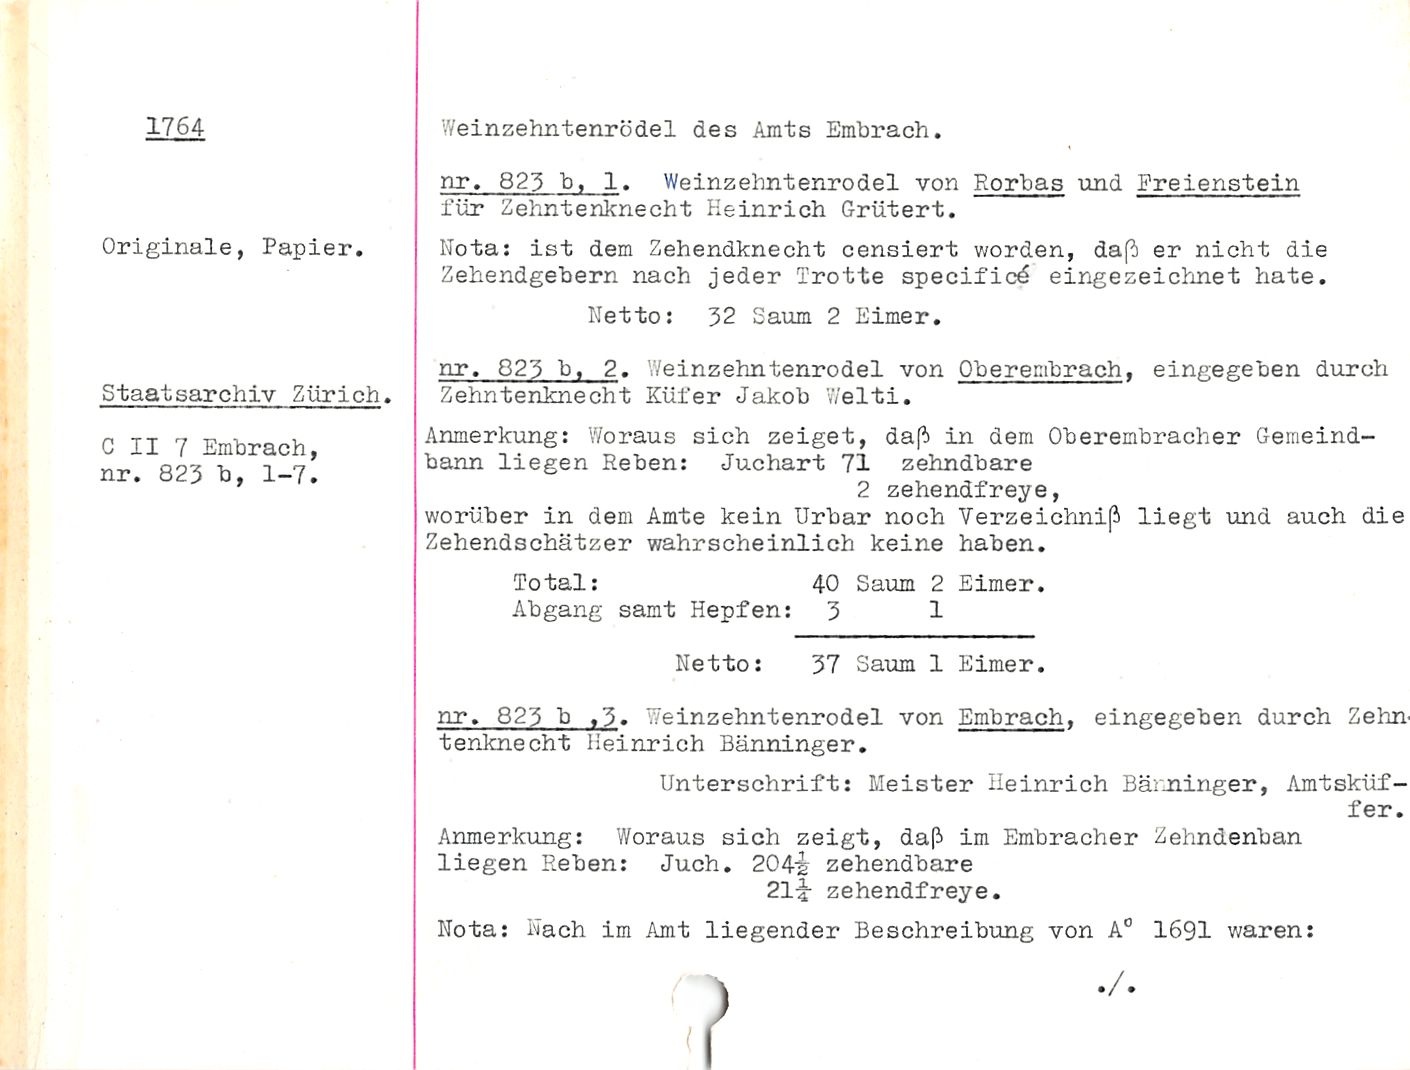
1764

Weinzehntenrödel des Amts Embrach

Originale, Papier.

Staatsarchiv Zürich.

C II 7 Embrach,
nr. 823 b, 1-7.

nr. 823 b, 1. Weinzehntenrodel von Rorbas und Preienstein
für Zehntenknecht Heinrich Grütert.

Nota: ist dem Zehendknecht censiert worden, dast er nicht die
Zehendgebern nach jeder Trotte specific^ eingezeichnet hate.

Netto: 32 Saum 2 Eimer.

nr. 823 b, 2. Weinzehntenrodel von Oberembrach, eingegeben durch
Zehntenknecht Küfer Jakob Welti.

Anmerkung: Woraus sich zeiget, dast in dem Oberembracher Gemeind¬
bann liegen Reben: Juchart 71 zehndbare

2 zehendfreye,

worüber in dem Amte kein Urbar noch Verzeichniß liegt und auch die
Zehendschätzer wahrscheinlich keine haben.

Total: 40 Saum 2 Eimer.

Abgang samt Hepfen: 3 1

Netto: 37 Saum 1 Eimer.

nr. 823 b ,3. Weinzehntenrodel von Embrach, eingegeben durch Zehn«
tenknecht Heinrich Bänninger.

Unterschrift: Meister Heinrich Bärninger, Amtsküf-

fer.

Anmerkung: Woraus sich zeigt, dast im Embracher Zehndenban

liegen Reben: Juch. 204^ zehendbare

21^- zehendfreye.

Nota: Nach im Amt liegender Beschreibung von A° 1691 waren: